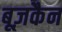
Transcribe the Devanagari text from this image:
बूज़कैन